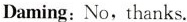
Daming:No, thanks.